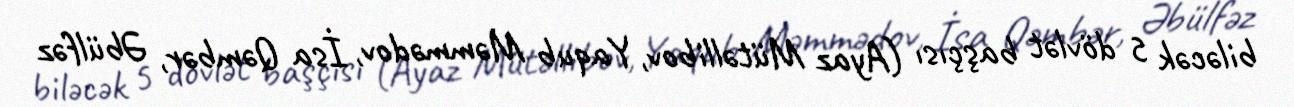
biləcək 5 dövlət başçısı (Ayaz Mütəllibov, Yaqub Məmmədov, İsa Qəmbər, Əbülfəz